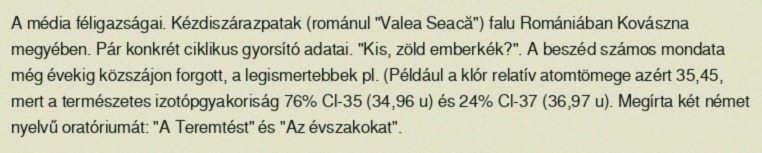
A média féligazságai. Kézdiszárazpatak (románul "Valea Seacă") falu Romániában Kovászna megyében. Pár konkrét ciklikus gyorsító adatai. "Kis, zöld emberkék?". A beszéd számos mondata még évekig közszájon forgott, a legismertebbek pl. (Például a klór relatív atomtömege azért 35,45, mert a természetes izotópgyakoriság 76% Cl-35 (34,96 u) és 24% Cl-37 (36,97 u). Megírta két német nyelvű oratóriumát: "A Teremtést" és "Az évszakokat".